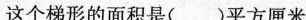
这个梯形的面积是()平方厘米